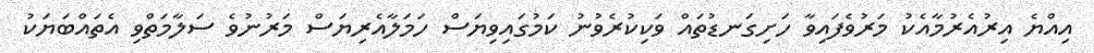
އިއްޔެ އިރުއެރުމާއެކު މަރުވެފައިވާ ހަށިގަނޑުތައް ވަކިކުރެވުނު ކަމުގައިވިޔަސް ހަމަލާއެރިޔަސް މަރުނުވެ ސަލާމަތްވި އެތައްބަޔަކު